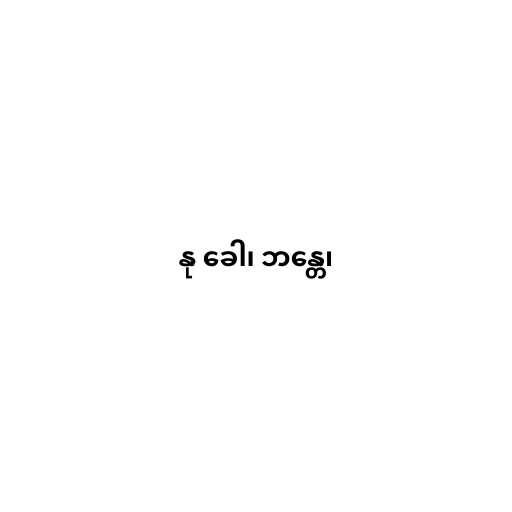
နု ခေါ၊ ဘန္တေ၊